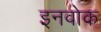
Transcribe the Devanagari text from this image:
इनवोक